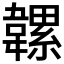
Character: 𩏞